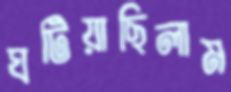
ঘটিয়াছিলাম